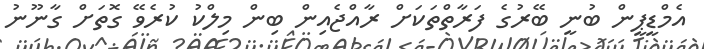
އެމްޑީޕީން ބުނީ ބޭރުގެ ފަރާތްތަކަށް ރާއްޖެއިން ބިން މިލްކު ކުރެވޭ ގޮތަށް ގާނޫނު